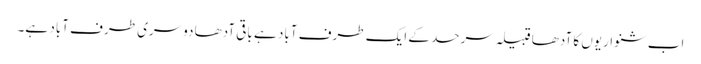
اب شنواریوں کا آدھا قبیلہ سرحد کے ایک طرف آباد ہے باقی آدھا دوسری طرف آباد ہے۔